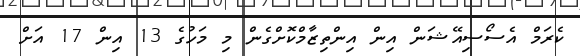
ކެރަމް އެސޯސިއޭޝަން އިން އިންތިޒާމްކޮށްގެން މި މަހުގެ 13 އިން 17 އަށް